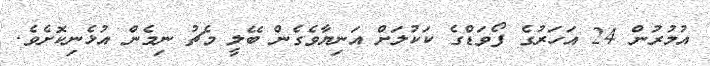
އުމުރުން 24 އަހަރުގެ ފޯވަޑްގެ ކަކުލަށް އަނިޔާވެގެން ބޭލީ މެޗު ނިމެން އުޅެނިކޮށެވެ.